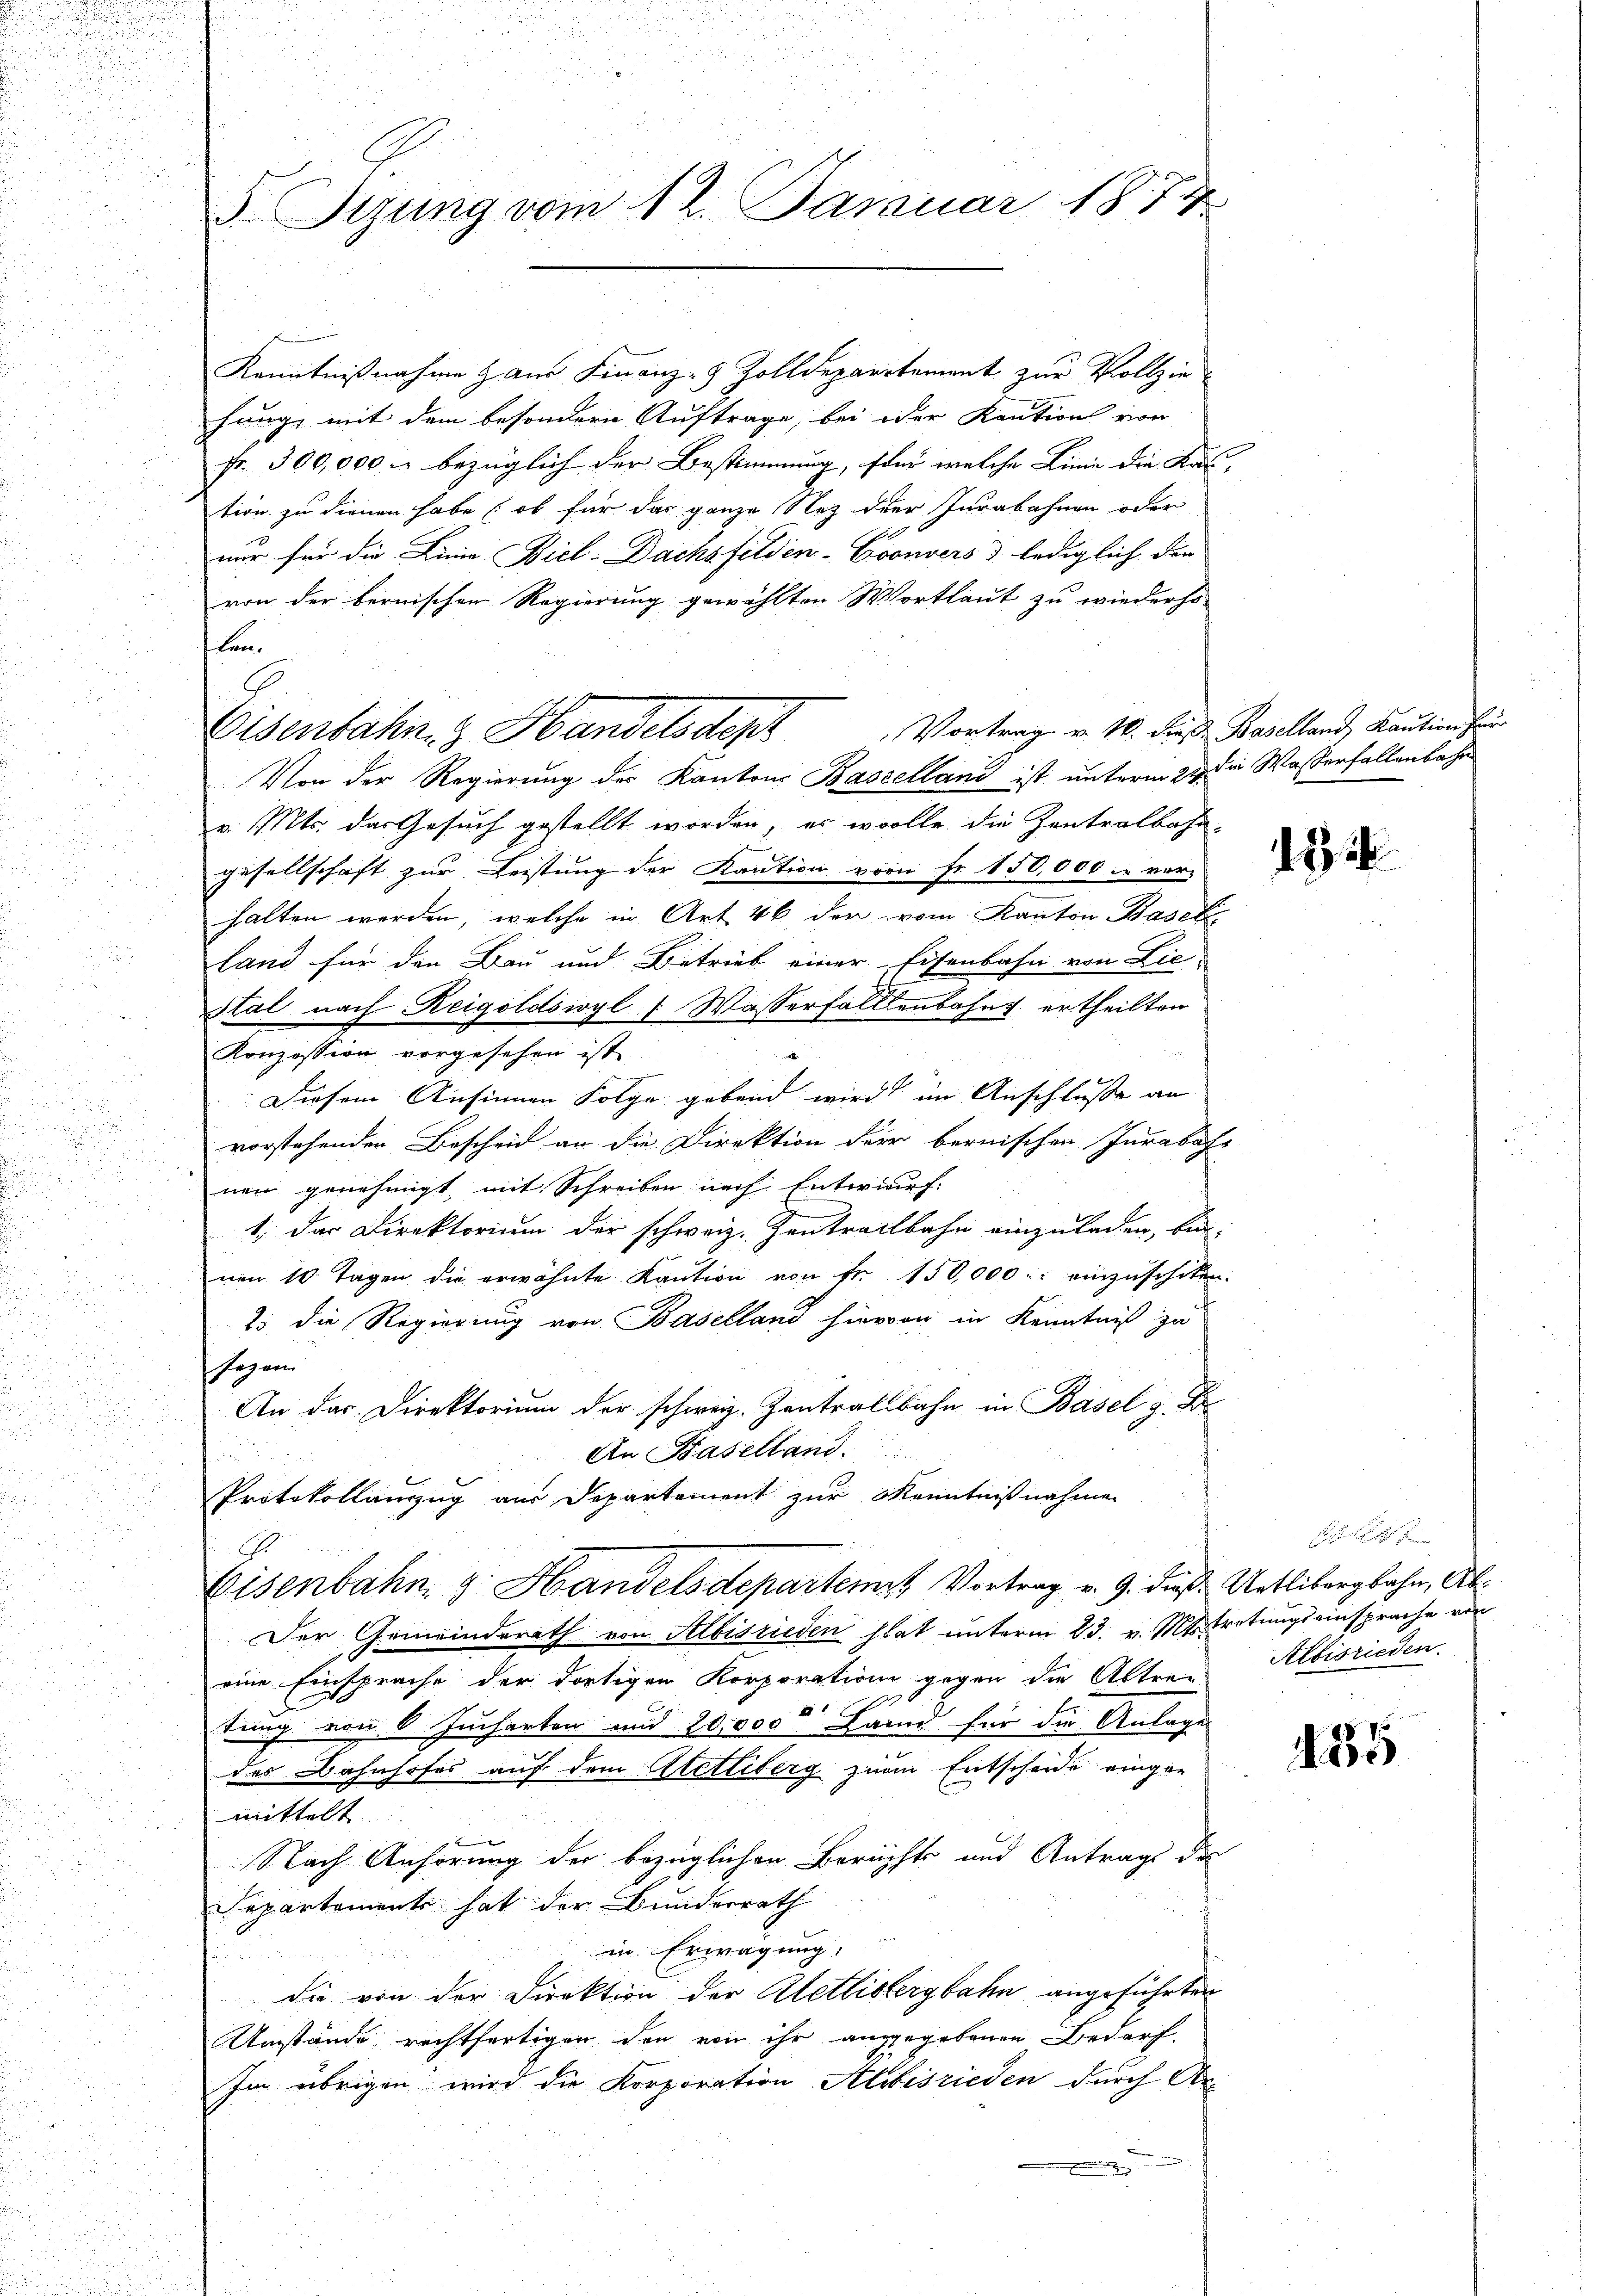
5. Sizung vom 12. Januar 1874

G.

Kenntnißnahme & am Finanz-9 Zolldepartement zur Vollzie
hung, mit dem besondern Auftrage, bei oder Kaution von
fr. 300,000 u. bezüglich der Bestimmung, für welche Linie die Kas
tion zu dienen habe (ob für das ganze Nez oder Jurabahnen oder
nur für die Linie Biel-Dachsfelden-Coonvers) lediglich die
von der bernischen Regierung gewählten Wortlaut zu wiederho
len.
Von der Regierung des Kantons Baselland ist unterm 21. die Wasserfallenbahn
v. Mts. das Gesuch gestellt worden, er wolle die Zentralbahn-
gesellschaft zur Leistung der Kaution vom Fr. 150,000 m vor-
halten werden, welche in Art 46 der vom Kanton Baseli
land für den Bau und Betrieb einer Eisenbahn von Lie¬
Stal nach Reigoldswyl ( Wasserfallenbahng ertheilten
Konzession vorgesehen ist
Diesem Ansinnen Folge gebend wird im Anschluße an
vorstehenden Bescheid an die Direktion der bernischen Jurabat
nen genehmigt mit Schreiben nach Entwurf.
1. Das Direktorium der schweiz. Zentreitbahn einzuladen, bin
nen 10. Tagen die erwähnte Kaŭtion von fr. 150,000 : einzuschiten
2. die Regierung von Baselland hiervon in Kenntniß zu
sagen
An das Direktorium der schweiz. Zentralbahn in Basel z. B.
An Baselland.
Protokollanzug aus Departement zur Kenntnißnahme
.
Eisenbahn z. Handelsdepartemit Vortrag v. 9. dieß Uetlibergbahn, Ab¬
Der Gemeinderath von Albisrieden hat unterm 23. v. Mts. tretungseinsprache von
eine Einsprache der dortigen Korporation gegen die Altre-Albisrieden.
E.
tung von 6 Jucharten und 10,000. Land für die Anlage
des Bahnhofes auf dem Atettiberg zum Entscheide einger
mittelt
Nach Anhörung der bezüglichen Berechts und Antrags des
Departements hat der Bunderrath
in Erwägung:
die von der Direktion der Uetlisbergbahn angeführten
Umstände rechtfertigen den von ihr angegebenen Bedarf,
Im übrigen wird die Korporation Albisrieden durch Ar¬
und

Eisenbahn. Handelsdept Vortrag v. M. dieß Baselland, Kaution für

1816

435